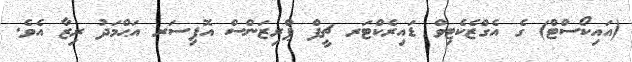
(އައިކޯސްޓް) ގެ އެގްޒެކެޓިވް ޑައިރެކްޓަރ ޗީފް ޕްރިޒަންސް އޮފިސަރ އަޙްމަދު ރިޒާ އެވެ.